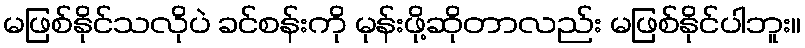
မဖြစ်နိုင်သလိုပဲ ခင်စန်းကို မုန်းဖို့ဆိုတာလည်း မဖြစ်နိုင်ပါဘူး။